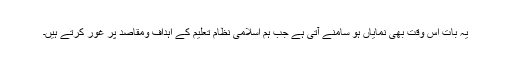
یہ بات اس وقت بھی نمایاں ہو سامنے آتی ہے جب ہم اسلامی نظام تعلیم کے اہداف ومقاصد پر غور کرتے ہیں۔